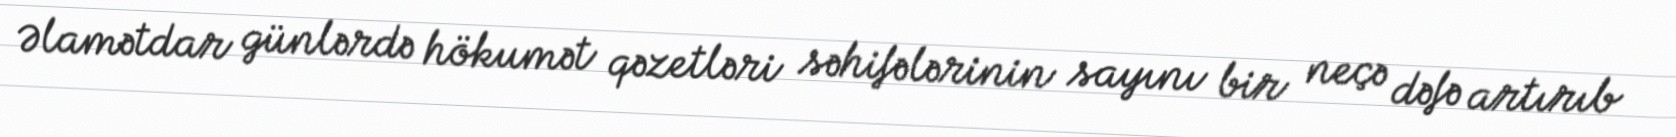
Əlamətdar günlərdə hökumət qəzetləri səhifələrinin sayını bir neçə dəfə artırıb